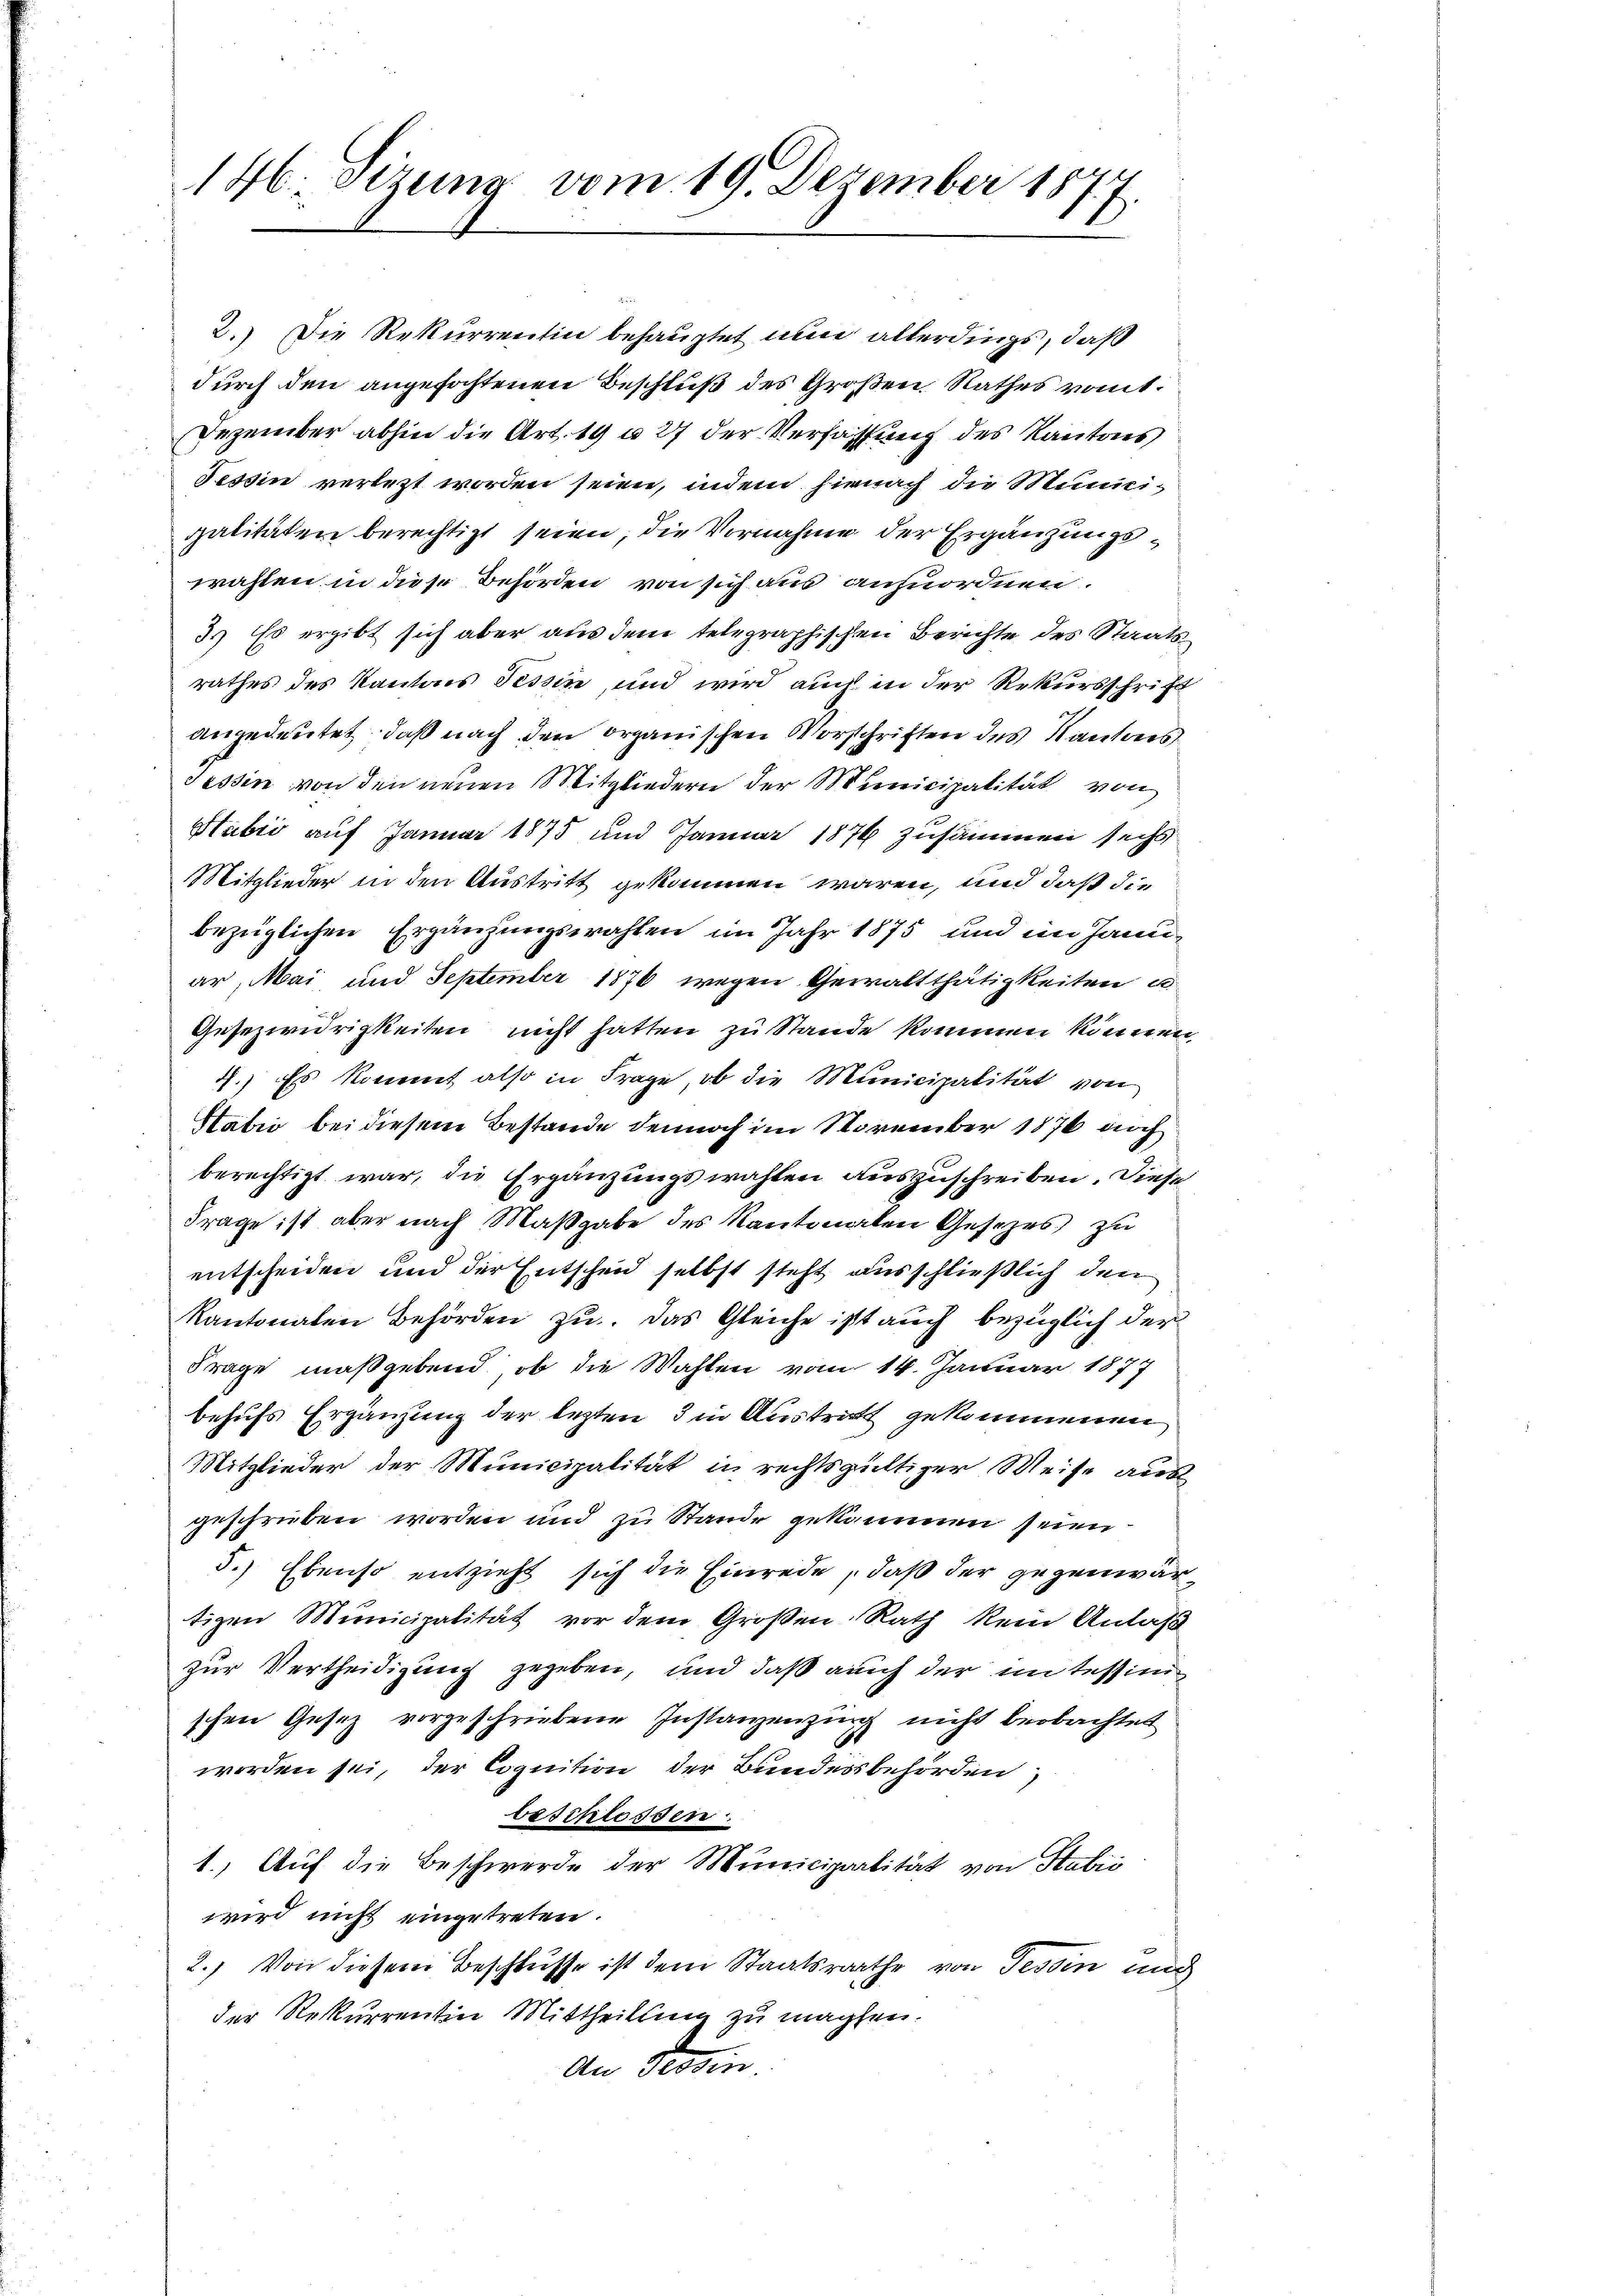
146. Sizung vom 19. Dezember 187
2.

2.) Die Rekurrentin behauptet nun allerdings, daß
durch den angefochtenen Beschluß des Großen Rathes rout.
Dezember abhin die Art. 19 u. 27 der Verfassung des Kantons
Tessin verletzt worden seien, indem hienach die Mumeigalitäten berechtigt seien, die Vornahme der Ergänzungswahlen in diese Behörden von sich aus anzuordnen.
3.) Es ergibt sich aber aus dem telegraphischen Berichte des Staatsrathes des Kantons Tessin, und wird auch in der Rekursschrift
angedeutet, daß nach den organischen Vorschriften des Kantores
Tessin von den neuen Mitgliedern der Municipalität von
Hubić auf Januar 1875 und Januar 1876 zusammen sechs
Mitglieder in den Austritt gekommen waren, und daß die
bezüglichen Ergänzungswahlen im Jahr 1875 und im Januar, Mai und September 1876 wegen Gewaltthätigkeiten u.
Gesezwidrigkeiten nicht hatten zu Stande kommen können.
4.) Es kommt also in Frage, ob die Municipalität von
Habri bei diesem Bestände dennoch im November 1876 noch
berechtigt war, die Ergänzungswahlen auszuschreiben. Diese
Frage ist aber nach Maßgabe des Kantonalen Gesezes zu
entscheiden und der Entscheid selbst steht ausschließlich den
kantonalen Behörden zu. Das Gleiche ist auch bezüglich der
Frage maßgebend, ob die Wahlen vom 14. Januar 1877
behufs Ergänzung der lezten 3 in Austritt gekommenen
Mitglieder der Municipalität in rechtsgültiger Weise ausgeschrieben worden und zu Stande gekommen seien
5.) Ebenso entzieht sich die Einrede, daß der gegenwärtigen Municipalität vor dem Großen Rath kein Anlaß
zur Vertheidigung gegeben, und daß auch der un tessinischen Gesetz vorgeschriebene Instanzenzung nicht beobachtet
worden sei, der Cognition der Bundesbehörden;
beschlossen
1.) Auf die Beschwerde der Municipalität von Stabić
wird nicht eingetreten.
2.) Von diesem Beschlusse ist dem Staatsrathe von Tessin und
der Rekurrentin Mittheilung zu machen.
An Tessin